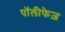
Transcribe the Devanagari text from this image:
पॉलीफेज़